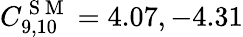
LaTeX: C_{9,10}^{\mathrm{~S~M~}}=4.07,-4.31